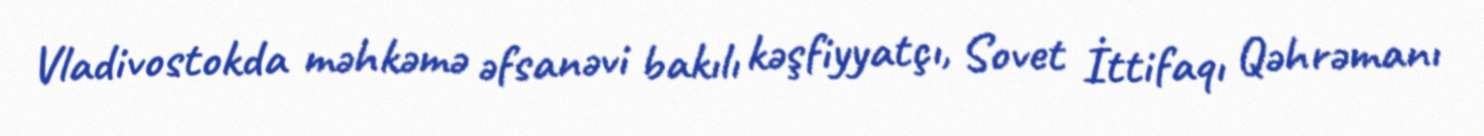
Vladivostokda məhkəmə əfsanəvi bakılı kəşfiyyatçı, Sovet İttifaqı Qəhrəmanı